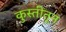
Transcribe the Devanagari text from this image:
कुस्तीतून